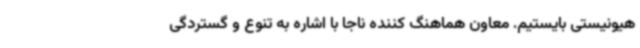
هیونیستی بایستیم. معاون هماهنگ کننده ناجا با اشاره به تنوع و گستردگی